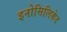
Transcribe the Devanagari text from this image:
इनोसिलिकेट